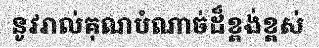
នូវរាល់គុណបំណាច់ដ៏ខ្ពង់ខ្ពស់